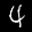
Label: 4